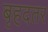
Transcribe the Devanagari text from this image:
बृहदतर